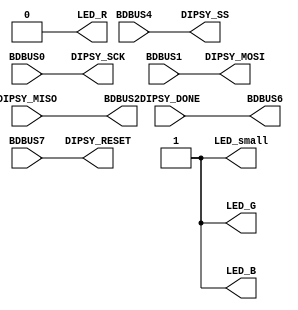
//
// ICEd as DIPSY programmer
// What it does: connects FTDI channel B pins to DIPSY socket
// so that Lattice and or other tools can see DIPSY UL1K SPI
// Interface on FTDI channel B MPPSE pins
//

module top(
	// RGB LED
	output LED_R,
	output LED_G,
	output LED_B,
	// Small SMD LED (green)
	output LED_small,
	// DIPSY Socket
	output DIPSY_MOSI,
	input DIPSY_MISO,
	output DIPSY_SCK,
	output DIPSY_SS,
	output DIPSY_RESET,
	input DIPSY_DONE,

	// FTDI FT2232H Channel B
	input BDBUS0, 
	input BDBUS1, 
	output BDBUS2, 
	//BDBUS3, 

	input BDBUS4, 
	//BDBUS5, 
	output BDBUS6, 
	input BDBUS7 
           );

	assign LED_R = 1'b0;
	assign LED_G = 1'b1;
	assign LED_B = 1'b1;
   
	assign LED_small = 1'b1;


	assign DIPSY_SCK = BDBUS0;
	assign DIPSY_MOSI = BDBUS1;
	assign BDBUS2 = DIPSY_MISO;

	assign DIPSY_SS = BDBUS4;
	assign DIPSY_RESET = BDBUS7;

	// optional
	assign BDBUS6 = DIPSY_DONE;

endmodule // top